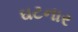
ઘટનાર